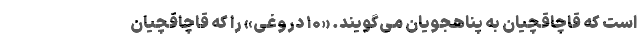
است که قاچاقچیان به پناهجویان می‌گویند. «۱۰ دروغی» را که قاچاقچیان